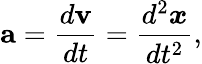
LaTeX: \mathbf{a}={\frac{d\mathbf{v}}{dt}}={\frac{d^{2}{\boldsymbol{x}}}{dt^{2}}},